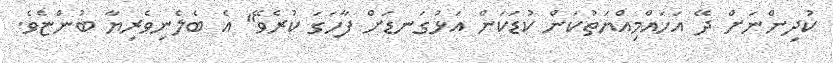
ކުދިންނަށް ދޭ އަހައްމިއްޔަތުކަން ކުޑަކަން އަޅުގަނޑަށް ފާހަގަ ކުރެވޭ" އެ ބެލެނިވެރިޔާ ބުންޏެވެ.